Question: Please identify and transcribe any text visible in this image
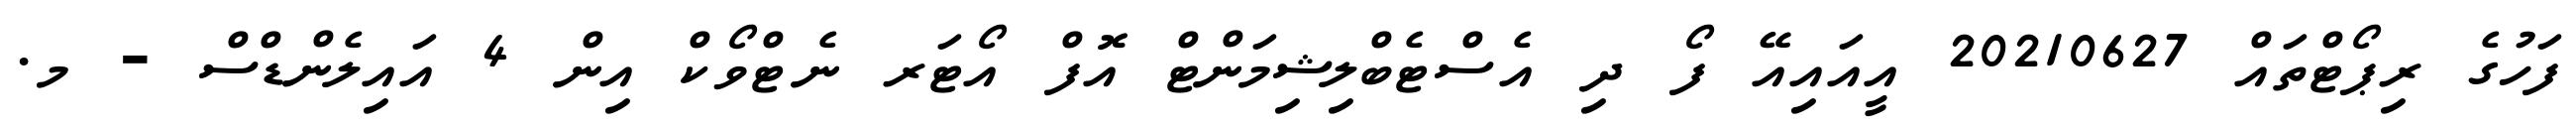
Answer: ފަހުގެ ރިޕޯޓްތައް 20210627 އީއައިއޭ ފޯ ދި އެސްޓެބްލިޝިމަންޓް އޮފް އޯޓަރ ނެޓްވޯކް އިން 4 އައިލެންޑްސް - މ.